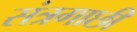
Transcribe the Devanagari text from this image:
संत्रगाछी